Annual report of the Imperial Bacteriologist
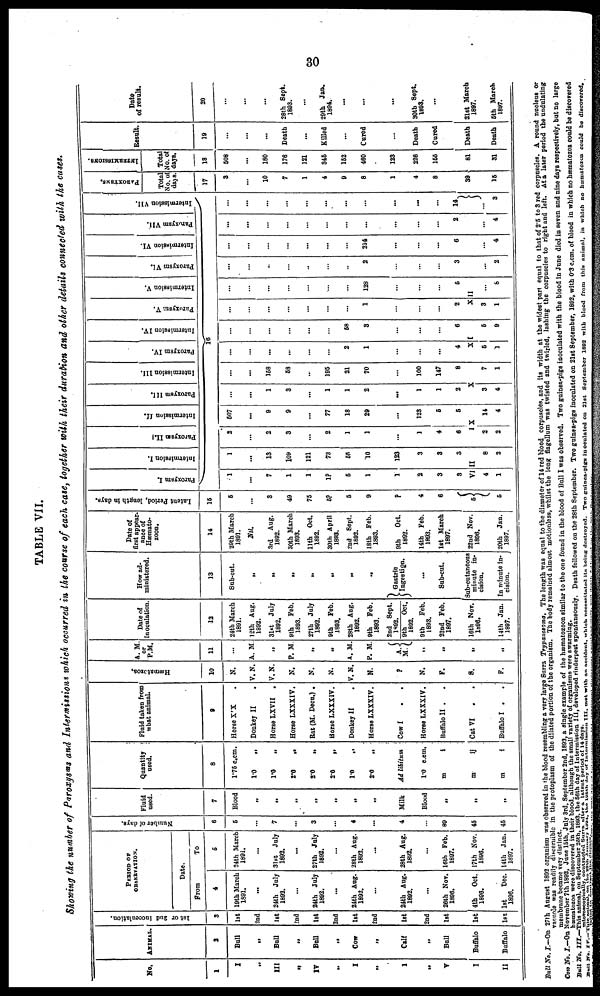
30
TABLE VII.
Showing the number of Paroxysms and Intermissions which occurred in the course of each case, together with their duration and other details connected with the cases.
No.
1
I
„
III
„
IV
„
I
„
I
„
V
I
II
ANIMAL.
2
Bull
„
Bull
„
Bull
„
Cow
„
Calf
„
Bull
Buffalo
Buffalo
1st or 2nd inocculation.
3
1st
2nd
1st
2nd
1st
2nd
1st
2nd
1st
2nd
1st
1st
1st
PERIOD OF
OBSERVATION
Date.
From
4
19th March
1891.
...
24th July
1892.
...
24th July
1892.
...
24th Aug.
1892.
...
24th Aug.
1892.
...
26th Nov.
1896.
4th Oct.
1896.
1st
Dec.
1896.
To
5
24th March
1891.
...
31st July
1892.
...
27th July
1892.
...
28th Aug.
1892.
...
28th Aug.
1892.
...
16th Feb.
1897.
17th Nov.
1896.
14th Jan.
1897.
Number of days.
6
5
...
7
...
3
...
4
...
4
...
89
45
45
Fluid
used.
7
Blood
„
„
„
„
„
„
„
Milk
Blood
„
„
„
Quantity
used.
8
1.75 c.cm.
1.0
„
1.0
„
2.0
„
2.0 „
2.0
„
1.0 „
2.0 „
Ad libitum
1.0 c.cm.
m
i
m
ij
m
i
Fluid taken from
what animal.
9
Horse X'X .
Donkey II
.
Horse LXVII .
Horse LXXXIV.
Rat (M. Decu.) .
Horse LXXXIV.
Donkey II
.
Horse LXXXIV.
Cow I
.
.
Horse LXXXIV.
Buffalo II .
Cat VI
. .
Buffalo I . .
Hæma to
z
o a .
10
N.
V.N.
V.N.
N.
N.
N.
V.N.
N.
P
N.
F.
S.
F.
A. M
or
P.M.
11
...
A. M.
„
P. M.
„
„
A.M.
P. M.
A.M.{
„
„
„
„
Date of
Inoculation
12
24th March
1891.
12th Aug.
1892.
31st July
1892.
9th Feb.
1893.
27th July
1892.
9th Feb.
1893.
28th Aug.
1892.
9th Feb.
1893.
2nd Sept.
1892.
9th
Oct.
1892.
9th Feb.
1893.
22nd Feb.
1897.
16th NOV.
1896.
14th Jan.
1897.
How ad-
ministered.
13
Sub-cut.
„
„
„
„
„
„
„
}Gastric
Ingestion.
...
Sub-cut.
Sub-cutaneous
minute in-
cision.
In minute in-
cision.
Date of
first appear¬
ance of
Hæmato¬
zoon.
14
29th March
1891.
Nil.
3rd Aug.
1892.
30th March
1893.
11th Oct.
1892.
30th April
1893.
2nd Sept.
1892.
18th Feb.
1893.
9th Oct.
1892.
14th Feb.
1893.
1st March
1897.
22nd Nov.
1896.
20th Jan.
1897.
Latent Period, length in days.
15
5
...
3
49
75
5?
5
9
?
4
6
5{
5
Paroxysm I.
Intermission I.
Paroxysm II.
Intermission II.
Paroxysm III.
Intermission III.
Paroxysm IV.
Intermission IV.
Paroxysm V.
Intermission V.
Paroxysm VI.
Intermission VI.
Paroxysm VII.
Intermission VII.
16
1
...
7
1
1
1?
5
1
1
2
3
3
VI
4
1
1
...
13
109
121
73
55
10
123
3
3
3
II
8
2
2
...
2
3
...
2
1
1
...
1
4
6
IX
2
2
507
...
9
9
...
77
18
29
...
123
5
5
14
4
...
...
1
3
...
1
1
2
...
1
1
2
X
3
4
...
...
158
68
...
195
21
70
...
100
147
8
7
1
...
...
...
...
...
...
2
1
...
4
X
5
1
...
...
...
...
...
...
58
3
...
...
6
I
5
9
...
...
...
..,
...
...
1
...
2
X
3
1
...
...
...
...
...
...
128
...
5
II
...
8
...
..
...
..
..
2
...
...
3
...
2
...
...
...
...
...
...
...
214
...
...
6
...
4
...
...
...
...
...
...
...
...
...
...
2
...
4
...
...
...
...
...
...
...
...
...
...
14
}
... 3
PAROXYSMS.
Total
No.of
days
17
3
...
10
7
1
4
9
8
1
4
8
39
15
INTERMISSIONS.
Total
No. of
days.
18
508
...
180
176
121
345
152
480
123
226
155
81
31
Result.
19
...
...
...
Death
...
Killed
...
Cured
...
Death
Cured
Death
Death
Date
of result.
20
...
...
...
28th Sept.
1893.
...
29th Jan.
1894.
...
...
30th Sept.
1893.
...
21st March
1897.
6th March
1897.
Bull No. I.—On 27th August 1892 organism was observed in the blood resembling a very large Surra Trypanosoma. The length was equal to the diameter of 14 red blood corpuscles, and its width at the widest part equal to that of 2.5 to 3 red corpuscles. A round nucleus or
vacnole was readily disceruible in the protoplasm of the dilated portion of the organism. The body remained almost motionless, whilst the long flagellum was twisted and twirled, lashing the corpuscles to right and left. At a later period the undulating
membrane became very distinct.
Cow No. I.—On November 7th 1892, June 15th, July 3rd, September 2nd, 1893, a single example of the hæmatozoon similar to the one found in the blood of Bull I was observed. Two guinea-pigs inoculated with the blood in June died in seven and nine days respectively, but no large
hæmatozon were discovered in their blood, although the small variety of organisms were swarming.
Bull No. III.—This animal, on September 26th, 1893, the 56th day of Intermission III, developed rinderpest spontaneously. Death followed on the 28th September. Two guinea-pigs inoculated on 21st September, 1892, with 0.3 c.cm. of blood in which no hæmatozoa could be discovered
microscopically. contracted Surra after a latent period of 14 days.
Bull No. IV.—This animal, on the 29th January 1894, the 195th day of Intermission III, met with an accident, which necessitated its being destroyed. Two guinea-pigs inoculated on 21st September 1892 with blood from this animal, in which no hæmatozoa could be discovered.